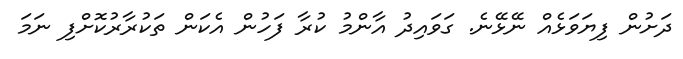
ދަށުން ފިޔަވަޅެއް ނޭޅޭނެ. ގަވައިދު އާންމު ކުރާ ފަހުން އެކަން ތަކުރާރުކޮށްފި ނަމަ